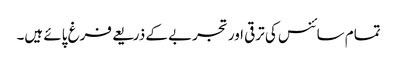
تمام سائنس کی ترقی اور تجربے کے ذریعے فرغ پائے ہیں۔